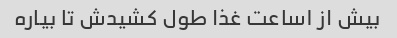
بیش از ۱ساعت غذا طول کشیدش تا بیاره